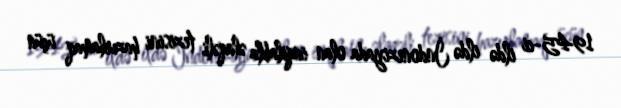
1945-ci ildə ildə İndoneziyada olan inqilabla əlaqəli tezisini hazırlamaq üçün